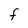
Character: f